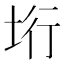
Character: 垳